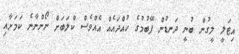
އިޓަލީ ލީގުން ބުނީ ދަނޑުން ފޭބުމުގެ ހުއްދައެއް އެއްވެސް ކްލަބަށް ނޯންނާނެ ކަމަށާއި